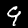
Label: 9